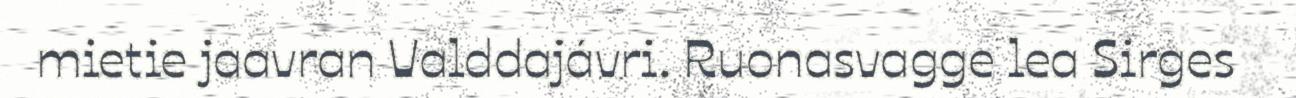
mietie jaavran Valddajávri. Ruonasvagge lea Sirges